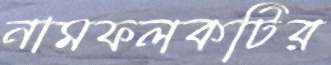
নামফলকটির